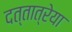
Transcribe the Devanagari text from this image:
दत्तात्रेया